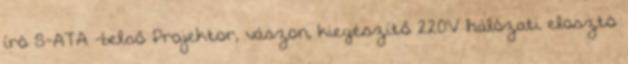
író S-ATA -belső Projektor, vászon, kiegészítő 220V hálózati elosztó